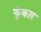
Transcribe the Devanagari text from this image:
फुंकार